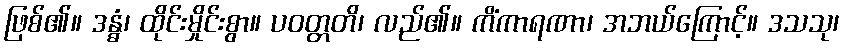
ဖြစ်၏။ ဒန္ဓံ၊ ထိုင်းမှိုင်းစွာ။ ပဝတ္တတိ၊ လည်၏။ ကိံကာရဏာ၊ အဘယ်ကြောင့်။ ဒသသု၊